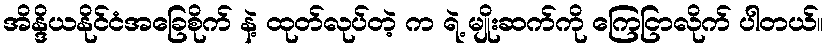
အိန္ဒိယနိုင်ငံအခြေစိုက် နဲ့ ထုတ်လုပ်တဲ့ က ရဲ့ မျိုးဆက်ကို ကြေငြာလိုက် ပါတယ်။